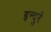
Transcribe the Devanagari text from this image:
इन्दुरें